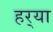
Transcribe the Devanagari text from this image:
हर्‍या